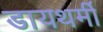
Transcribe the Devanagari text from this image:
डायथर्मी